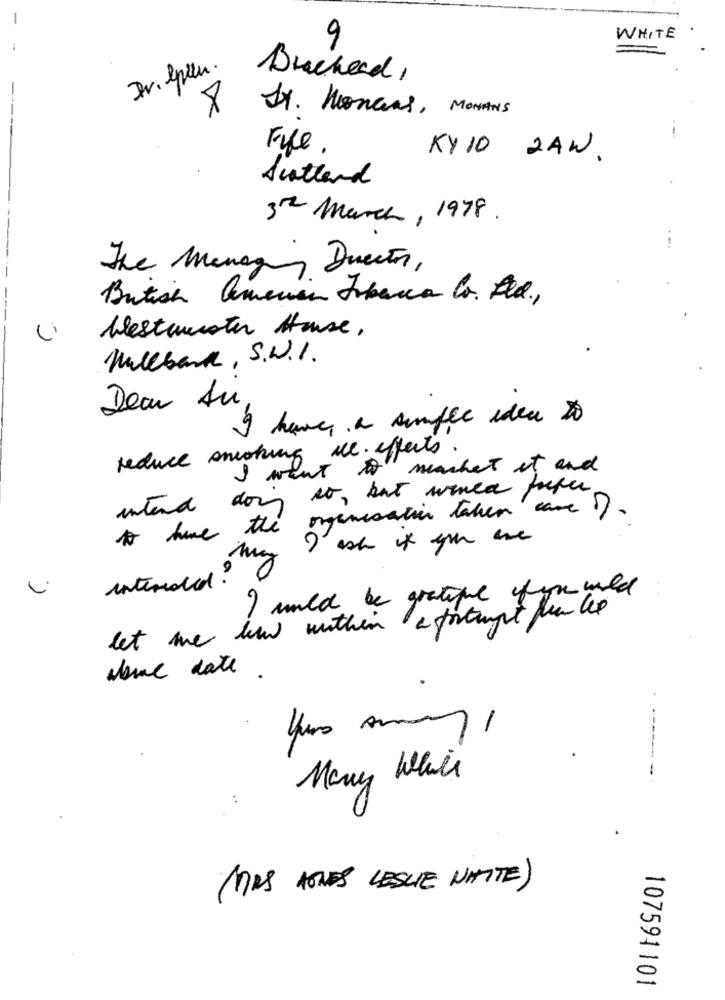
9
WHITE
Dr. lieu.
Brachead,
Ix. Honans, MONANS
--
File .
KY10 2AW.
Sittard
3th March , 1978 .
.....
---
The Managing Director,
British american Tobacco to. Ele,
Li
Westwuster House,
Wallbank, S. W.I.
Dear Au
I have a simple idea to
reduce smoking al. effects.
I want it machet it and
intend dou st, but winea prefer
I hme the organisation taken came ) .
I ash of you are
interested ?
I would be grateful ifyou will
let me han within a fortungt fun the
some date .
-
Many While
(MAS JONES LESUE NAITE)
107594101